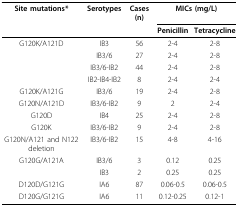
<table><thead><tr><td><b>Site mutations*</b></td><td><b>Serotypes</b></td><td><b>Cases (n)</b></td><td colspan="2"><b>MICs (mg/L)</b></td></tr><tr><td></td><td></td><td></td><td><b>Penicillin</b></td><td><b>Tetracycline</b></td></tr></thead><tbody><tr><td>G120K/A121D</td><td>IB3</td><td>56</td><td>2-4</td><td>2-8</td></tr><tr><td></td><td>IB3/6</td><td>27</td><td>2-4</td><td>2-8</td></tr><tr><td></td><td>IB3/6-IB2</td><td>44</td><td>2-4</td><td>2-8</td></tr><tr><td></td><td>IB2-IB4-IB2</td><td>8</td><td>2-4</td><td>2-4</td></tr><tr><td>G120K/A121G</td><td>IB3/6</td><td>19</td><td>2-4</td><td>2-8</td></tr><tr><td>G120N/A121D</td><td>IB3/6-IB2</td><td>9</td><td>2</td><td>2-4</td></tr><tr><td>G120D</td><td>IB4</td><td>25</td><td>2-4</td><td>2-8</td></tr><tr><td>G120K</td><td>IB3/6-IB2</td><td>9</td><td>2-4</td><td>2-8</td></tr><tr><td>G120N/A121 and N122 deletion</td><td>IB3/6-IB2</td><td>15</td><td>4-8</td><td>4-16</td></tr><tr><td>G120G/A121A</td><td>IB3/6</td><td>3</td><td>0.12</td><td>0.25</td></tr><tr><td></td><td>IB3</td><td>2</td><td>0.25</td><td>0.25</td></tr><tr><td>D120D/G121G</td><td>IA6</td><td>87</td><td>0.06-0.5</td><td>0.06-0.5</td></tr><tr><td>D120G/G121G</td><td>IA6</td><td>11</td><td>0.12-0.25</td><td>0.12-1</td></tr></tbody></table>